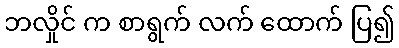
ဘလှိုင် က စာရွက် လက် ထောက် ပြ၍